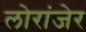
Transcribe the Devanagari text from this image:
लोरांंजेर